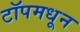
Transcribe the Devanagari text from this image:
टॉपमधून